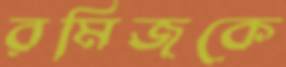
রমিজকে